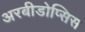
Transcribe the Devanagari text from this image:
अरबीडोप्सिस